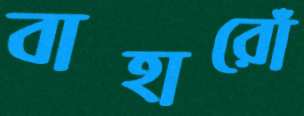
বাহারোঁ